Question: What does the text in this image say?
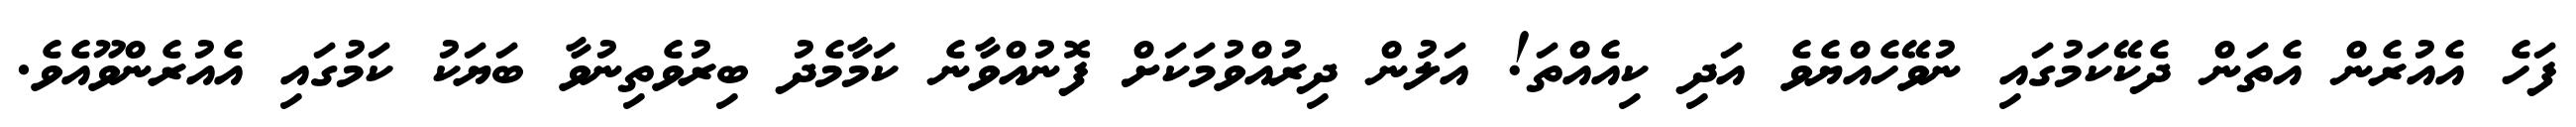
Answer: ފަހެ އެއުރެން އެތަން ދެކޭކަމުގައި ނުވޭހެއްޔެވެ އަދި ކިއެއްތަ! އަލުން ދިރުއްވުމަކަށް ފޮނުއްވާނެ ކަމާމެދު ބިރުވެތިނުވާ ބަޔަކު ކަމުގައި އެއުރެންވޫއެވެ.